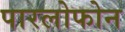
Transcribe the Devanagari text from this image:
पारलोफोन